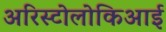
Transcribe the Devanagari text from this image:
अरिस्टोलोकिआई